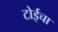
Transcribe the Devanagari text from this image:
टोईचा